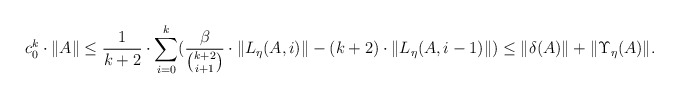
\begin{align*}c_0^k \cdot \|A\| \leq \frac{1}{k+2}\cdot\sum_{i=0}^k (\frac{\beta}{{k+2 \choose i+1}} \cdot \|L_\eta(A,i)\| - (k+2)\cdot \|L_\eta(A,i-1)\|)\leq \|\delta(A)\| + \|\Upsilon_\eta(A)\|.\end{align*}